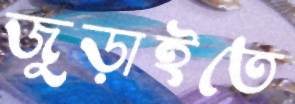
জুড়াইতে